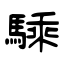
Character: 騬